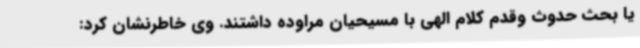
یا بحث حدوث وقدم کلام الهی با مسیحیان مراوده داشتند. وی خاطرنشان کرد: